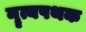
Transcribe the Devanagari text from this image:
नॄत्यपथक